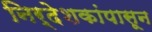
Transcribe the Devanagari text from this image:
निर्देशकांपासून